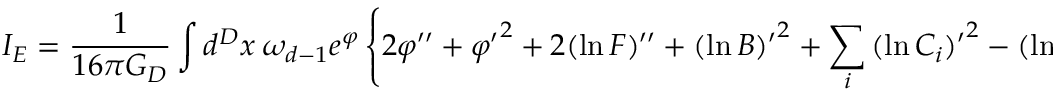
I _ { E } = { \frac { 1 } { 1 6 \pi G _ { D } } } \int d ^ { D } x \ \omega _ { d - 1 } e ^ { \varphi } \left\{ 2 \varphi ^ { \prime \prime } + { \varphi ^ { \prime } } ^ { 2 } + 2 ( \ln F ) ^ { \prime \prime } + { ( \ln B ) ^ { \prime } } ^ { 2 } + \sum _ { i } { ( \ln C _ { i } ) ^ { \prime } } ^ { 2 } - { ( \ln F ) ^ { \prime } } ^ { 2 } \right.